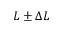
L \pm \Delta L